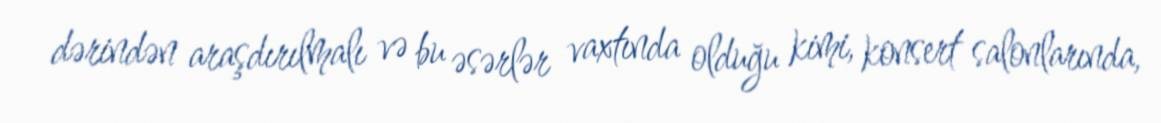
dərindən araşdırılmalı və bu əsərlər vaxtında olduğu kimi, konsert salonlarında,